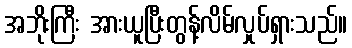
အဘိုးကြီး အားယူပြီးတွန့်လိမ်လှုပ်ရှားသည်။